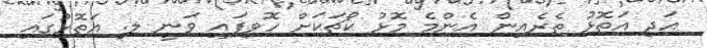
އަދި އަތޮޅު ތެރެއިން އެންމެ މޮޅު ކޯޗަކަށް ހޮވިފައި ވަނީ ލ. އަތޮޅުގައި